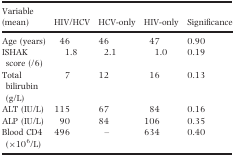
<table><thead><tr><td><b>Variable (mean)</b></td><td><b>HIV/HCV</b></td><td><b>HCV‐only</b></td><td><b>HIV‐only</b></td><td><b>Significance</b></td></tr></thead><tbody><tr><td>Age (years)</td><td>46</td><td>46</td><td>47</td><td>0.90</td></tr><tr><td>ISHAK score (/6)</td><td>1.8</td><td>2.1</td><td>1.0</td><td>0.19</td></tr><tr><td>Total bilirubin (g/L)</td><td>7</td><td>12</td><td>16</td><td>0.13</td></tr><tr><td>ALT (IU/L)</td><td>115</td><td>67</td><td>84</td><td>0.16</td></tr><tr><td>ALP (IU/L)</td><td>90</td><td>84</td><td>106</td><td>0.35</td></tr><tr><td>Blood CD4 (×10<sup>6</sup>/L)</td><td>496</td><td>–</td><td>634</td><td>0.40</td></tr></tbody></table>